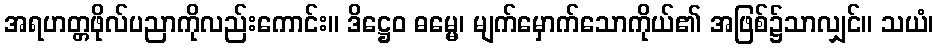
အရဟတ္တဖိုလ်ပညာကိုလည်းကောင်း။ ဒိဋ္ဌေဝ ဓမ္မေ၊ မျက်မှောက်သောကိုယ်၏ အဖြစ်၌သာလျှင်။ သယံ၊